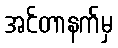
အင်တာနက်မှ